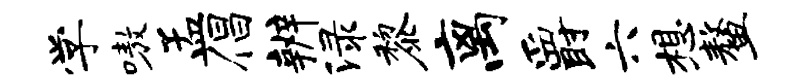
学嗷孟倡辨渌黎离爵六想鳌